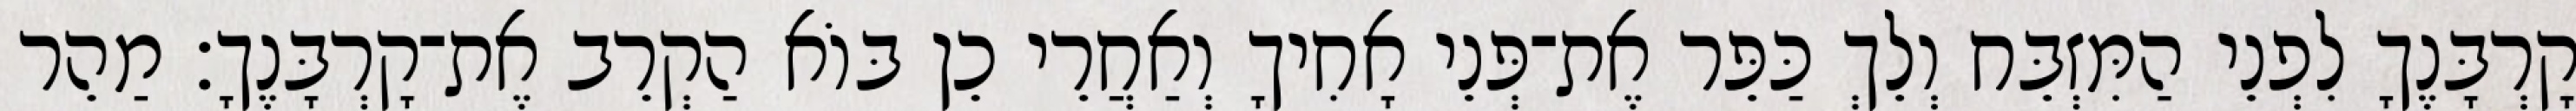
קָרְבָּנֶךָ לִפְנֵי הַמִּזְבֵּח וְלֵךְ כַּפֵּר אֶת־פְּנֵי אָחִיךָ וְאַחֲרֵי כֵן בּוֹא הַקְרֵב אֶת־קָרְבָּנֶךָ׃ מַהֵר